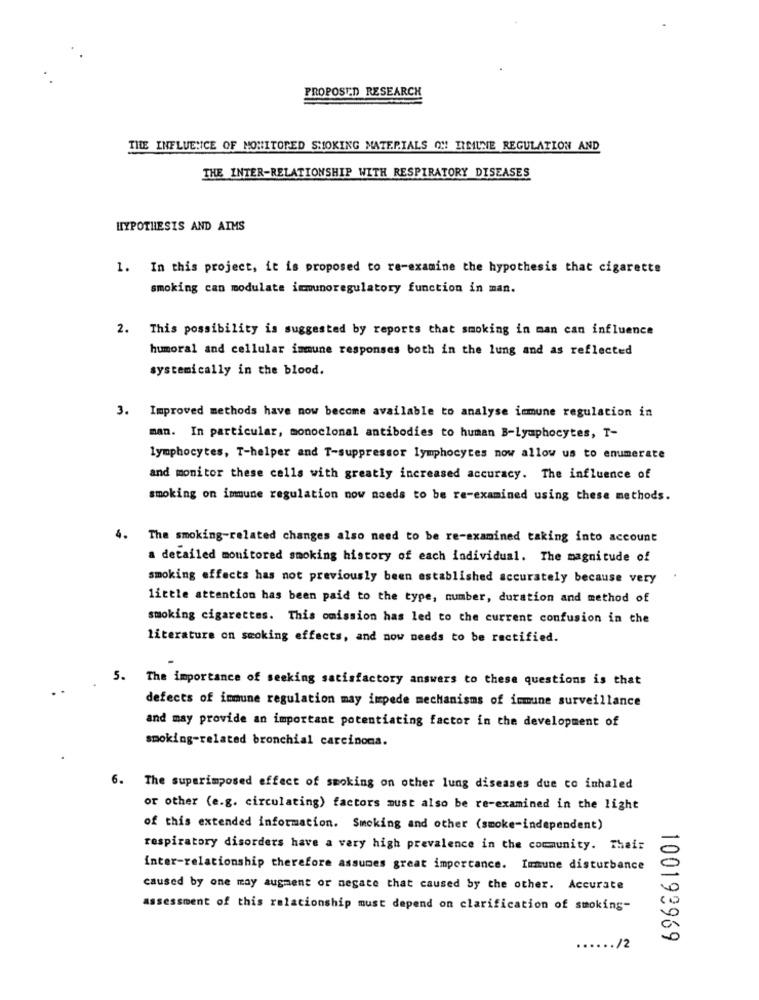
PROPOSED RESEARCH
THE INFLUENCE OF MONITORED SMOKING MATERIALS ON! IIMMUNE REGULATION AND
THE INTER-RELATIONSHIP WITH RESPIRATORY DISEASES
HYPOTHESIS AND AIMS
1. In this project, it is proposed to re-examine the hypothesis that cigarette
smoking can modulate immunoregulatory function in man.
2. This possibility is suggested by reports that smoking in man can influence
humoral and cellular immune responses both in the lung and as reflected
systemically in the blood.
3. Improved methods have now become available to analyse immune regulation in
man. In particular, monoclonal antibodies to human B-lymphocytes, T-
lymphocytes, T-helper and T-suppressor lymphocytes now allow us to enumerate
and monitor these cells with greatly increased accuracy. The influence of
smoking on immune regulation now needs to be re-examined using these methods.
4. The smoking-related changes also need to be re-examined taking into account
a detailed monitored smoking history of each individual. The magnitude of
smoking effects has not previously been established accurately because very
little attention has been paid to the type, number, duration and method of
smoking cigarettes. This omission has led to the current confusion in the
literature on smoking effects, and now needs to be rectified.
5. The importance of seeking satisfactory answers to these questions is that
defects of immune regulation may impede mechanisms of immune surveillance
and may provide an important potentiating factor in the development of
smoking-related bronchial carcinoma.
6. The superimposed effect of smoking on other lung diseases due co inhaled
or other (e.g. circulating) factors must also be re-examined in the light
of this extended information. Smoking and other (smoke-independent)
respiratory disorders have a very high prevalence in the community. Their
inter-relationship therefore assumes great importance. Immune disturbance
caused by one may augment or negate that caused by the other. Accurate
assessment of this relationship must depend on clarification of smoking-
100199969
...... /2